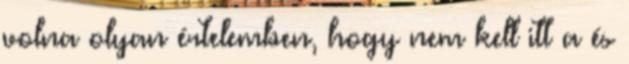
volna olyan értelemben, hogy nem kell itt a és